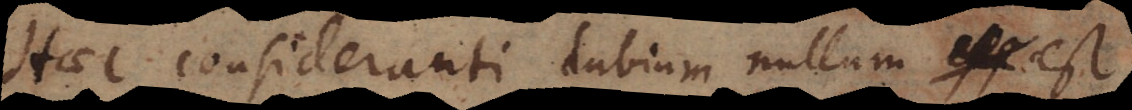
Haec consideranti dubium nullum est